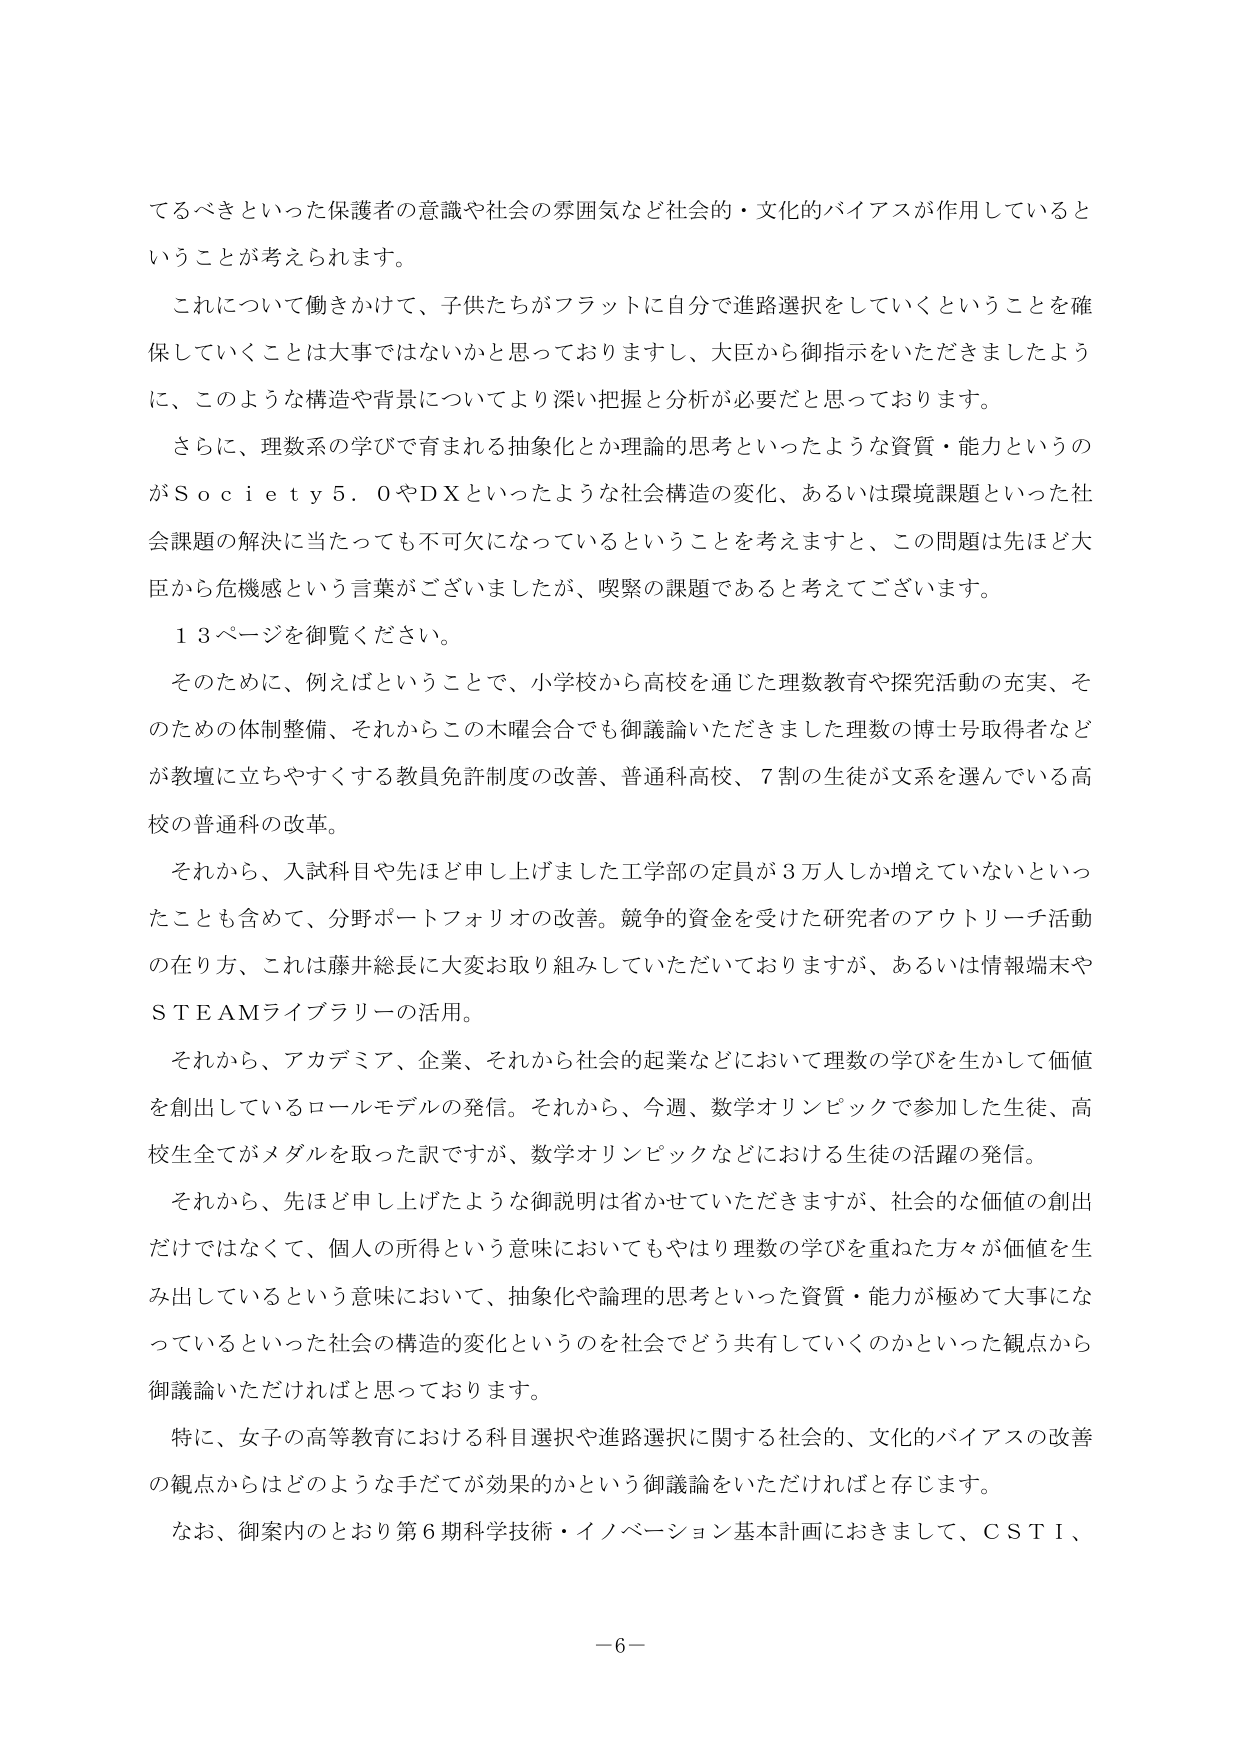
てるべきといった保護者の意識や社会の雰囲気など社会的・文化的バイアスが作用していると
いうことが考えられます。
これについて働きかけて、子供たちがフラットに自分で進路選択をしていくということを確
保していくことは大事ではないかと思っておりますし、大臣から御指示をいただきましたよう
に、このような構造や背景についてより深い把握と分析が必要だと思っております。
さらに、理数系の学びで育まれる抽象化とか理論的思考といったような資質・能力というの
がＳｏｃｉｅｔｙ５．０やＤＸといったような社会構造の変化、あるいは環境課題といった社
会課題の解決に当たっても不可欠になっているということを考えますと、この問題は先ほど大
臣から危機感という言葉がございましたが、喫緊の課題であると考えてございます。
１３ページを御覧ください。
そのため、例えばということで、小学校から高校を通じた理数教育や探究活動の充実、そ
のための体制整備、それからこの木曜会合でも御議論いただきました理数の博士号取得者など
が教壇に立ちやすくする教員免許制度の改善、普通科高校、７割の生徒が文系を選んでいる高
校の普通科の改革。
それから、入試科目や先ほど申し上げました工学部の定員が３万人しか増えていないといっ
たことも含めて、分野ポートフォリオの改善。競争的資金を受けた研究者のアウトリーチ活動
の在り方、これは藤井総長に大変お取り組みしていただいておりますが、あるいは情報端末や
ＳＴＥＡＭライブラリーの活用。
それから、アカデミア、企業、それから社会的起業などにおいて理数の学びを生かして価値
を創出しているロールモデルの発信。それから、今週、数学オリンピックで参加した生徒、高
校生全てがメダルを取った訳ですが、数学オリンピックなどにおける生徒の活躍の発信。
それから、先ほど申し上げたような御説明は省かせていただきますが、社会的な価値の創出
だけではなくて、個人の所得という意味においてもやはり理数の学びを重ねた方々が価値を生
み出しているという意味において、抽象化や論理的思考といった資質・能力が極めて大事にな
っているといった社会の構造的変化というのを社会でどう共有していくのかといった観点から
御議論いただければと思っております。
特に、女子の高等教育における科目選択や進路選択に関する社会的、文化的バイアスの改善
の観点からはどのような手だてが効果的かという御議論をいただければと存じます。
なお、御案内のとおり第６期科学技術・イノベーション基本計画におきまして、ＣＳＴＩ、
－６－